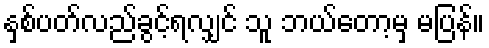
နှစ်ပတ်လည်ခွင့်ရလျှင် သူ ဘယ်တော့မှ မပြန်။